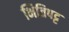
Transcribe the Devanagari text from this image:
भितिपट्ट